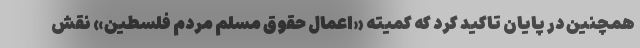
همچنین در پایان تاکید کرد که کمیته «اعمال حقوق مسلم مردم فلسطین» نقش